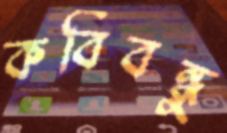
কবিবন্ধু